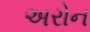
અરોન